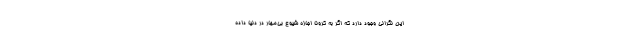
این نگرانی وجود دارد که اگر به کرونا اجازه شیوع بی‌مهار در دنیا داده